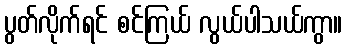
ပွတ်လိုက်ရင် စင်ကြယ် လွယ်ပါသယ်ကွာ။